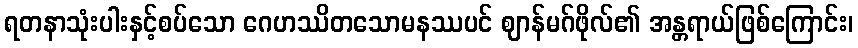
ရတနာသုံးပါးနှင့်စပ်သော ဂေဟဿိတသောမနဿပင် ဈာန်မဂ်ဖိုလ်၏ အန္တရာယ်ဖြစ်ကြောင်း၊